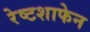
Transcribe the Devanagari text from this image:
रेष्टशाफेन